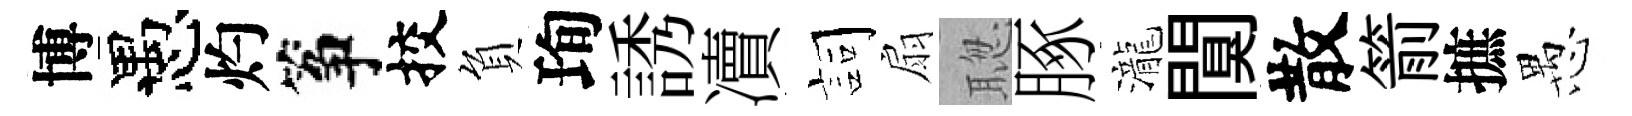
博愚灼筝挍負珣誘凟詞扇聦䐁瀧闃散箭摭愚